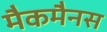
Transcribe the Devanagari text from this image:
मैकमैनस